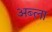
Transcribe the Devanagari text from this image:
अब्ला